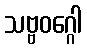
သဗ္ဗဝဂ္ဂေါ